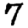
Digit: 7